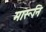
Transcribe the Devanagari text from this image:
मारूनि